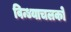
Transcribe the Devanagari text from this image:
विन्ध्याचलको